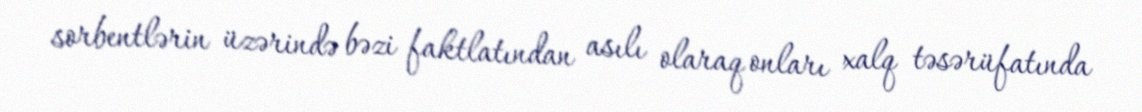
sorbentlərin üzərində bəzi faktlatından asılı olaraq onları xalq təsərüfatında